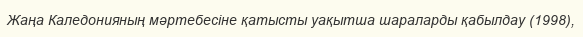
Жаңа Каледонияның мәртебесіне қатысты уақытша шараларды қабылдау (1998),